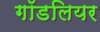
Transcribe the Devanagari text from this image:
गॉडलियर